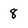
Character: 8